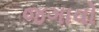
જગાવો